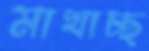
মাখাচ্ছ